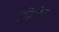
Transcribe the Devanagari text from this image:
जॉर्जेन